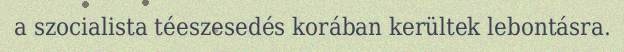
a szocialista téeszesedés korában kerültek lebontásra.